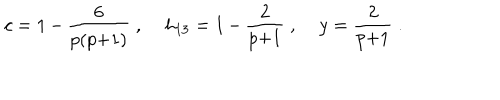
c = 1 \, { - } \, \frac { 6 } { p ( p { + } 1 ) } \; , \; h _ { 1 3 } = 1 \, { - } \, \frac { 2 } { p { + } 1 } \; , \; y = \frac { 2 } { p { + } 1 } \; .